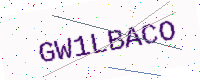
Text: GW1LBACO